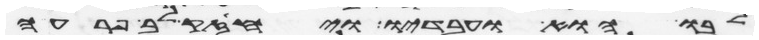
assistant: לבו הוא ועבדיו ויחזק לב פרעה